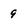
Character: 9